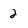
Character: 2